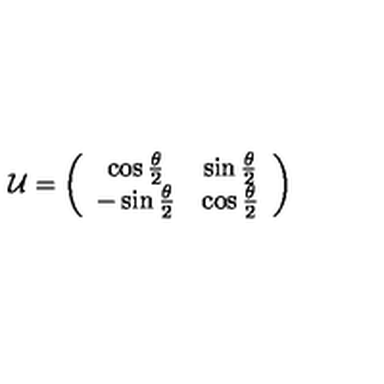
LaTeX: { \cal { U } } = \left( \begin{array} { c c } { \cos { \frac { \theta } { 2 } } } & { \sin { \frac { \theta } { 2 } } } \\ { - \sin { \frac { \theta } { 2 } } } & { \cos { \frac { \theta } { 2 } } } \\ \end{array} \right)